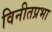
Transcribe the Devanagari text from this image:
विनीतप्रभा